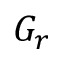
G _ { r }